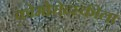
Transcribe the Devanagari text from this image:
कोमोरोव्स्कीला